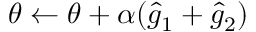
\theta \leftarrow \theta + \alpha ( \hat { g } _ { 1 } + \hat { g } _ { 2 } )